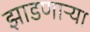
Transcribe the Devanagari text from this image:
झाडणाऱ्या